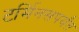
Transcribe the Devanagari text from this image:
टर्मिनसपर्यंत